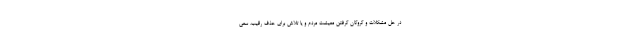
در حل مشکلات و گروگان گرفتن معیشت مردم و یا تلاش برای حذف رقیب، سعی